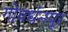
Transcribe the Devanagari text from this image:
गोवर्धनपूर